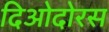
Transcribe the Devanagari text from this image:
दिओदोरस